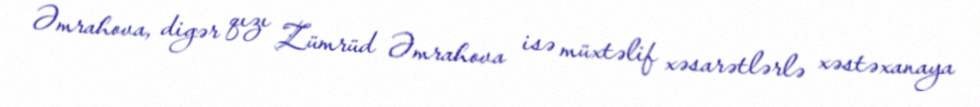
Əmrahova, digər qızı Zümrüd Əmrahova isə müxtəlif xəsarətlərlə xəstəxanaya